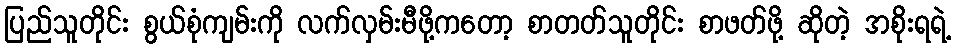
ပြည်သူတိုင်း စွယ်စုံကျမ်းကို လက်လှမ်းမီဖို့ကတော့ စာတတ်သူတိုင်း စာဖတ်ဖို့ ဆိုတဲ့ အစိုးရရဲ့